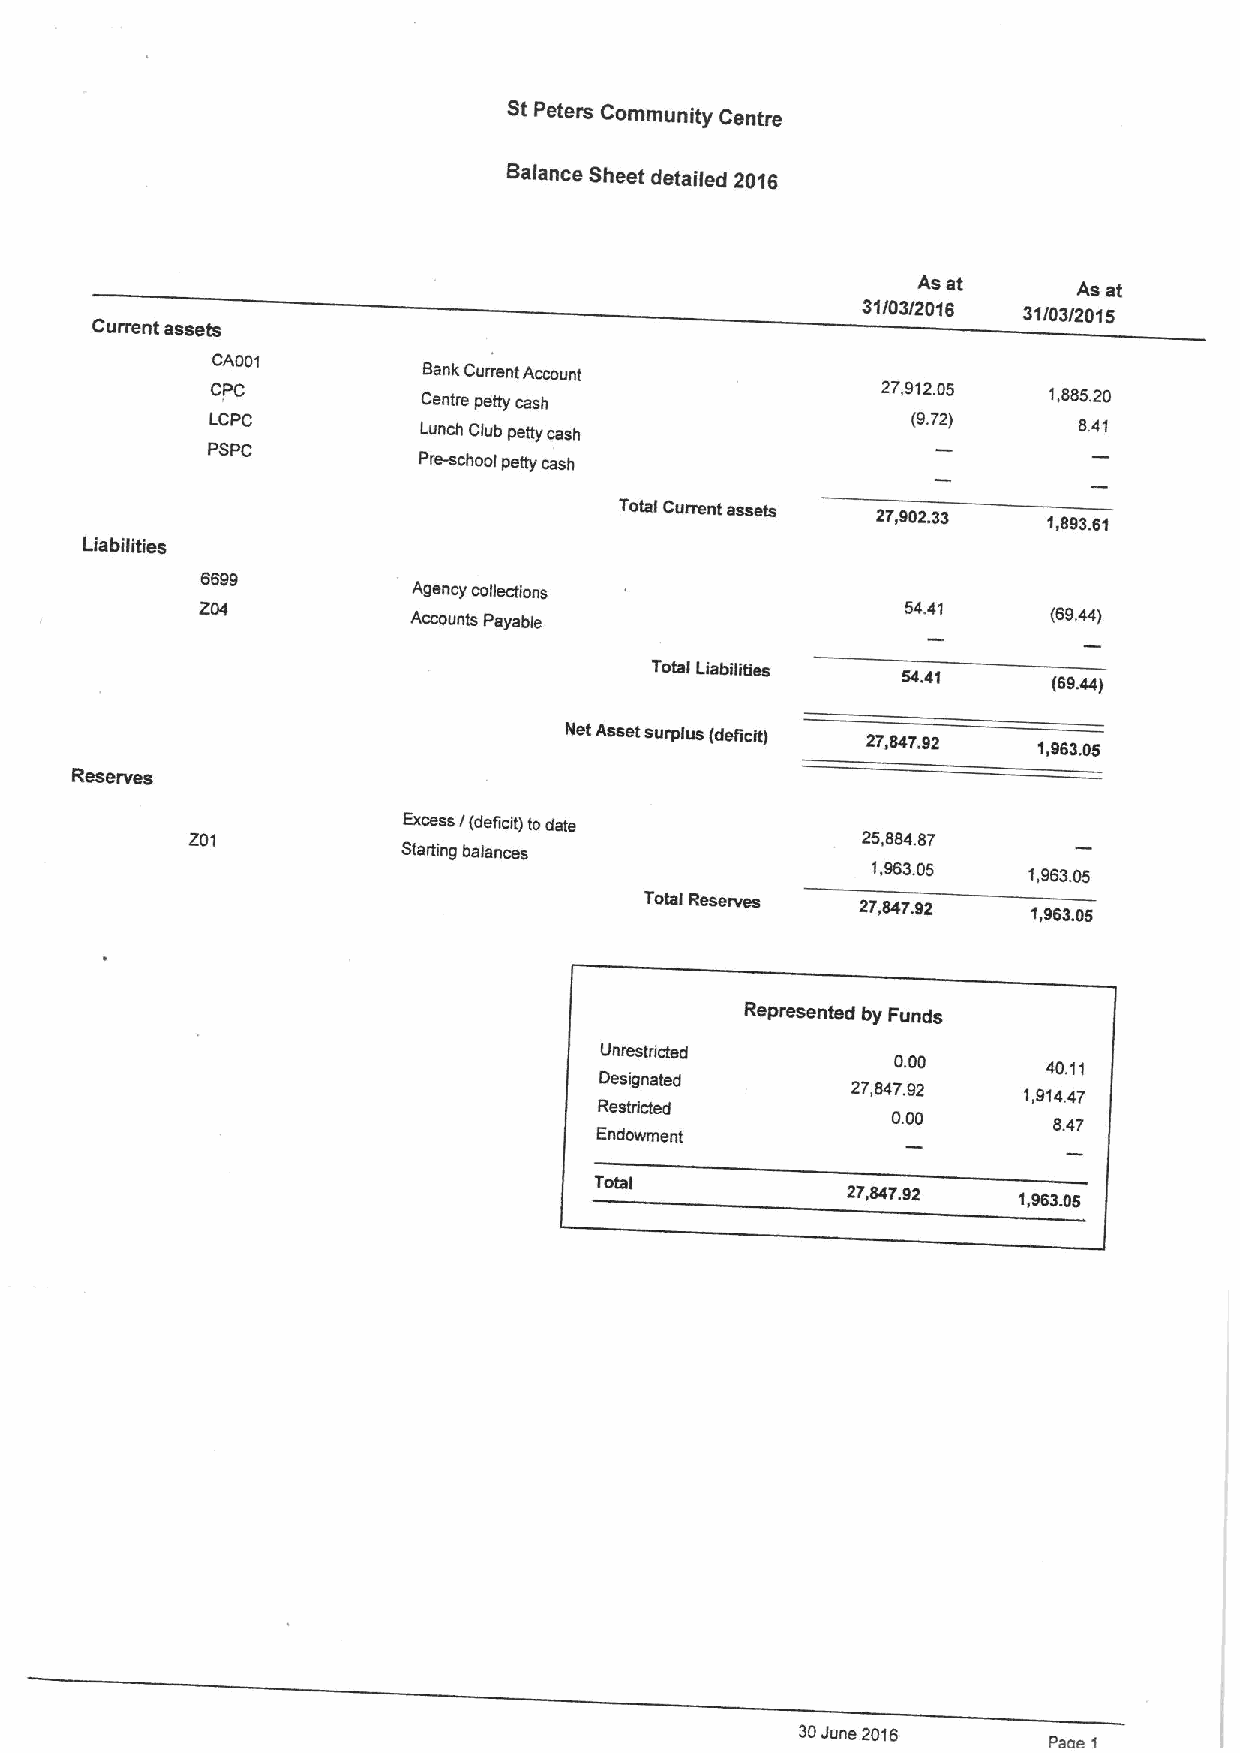
St Peters Community Centre
 Balance Sheet detailed 2016
 As at
 As at
 31/03/20'I 6 31/03/2015
 Current assets
 CA001
 Sank Current Account
 CPC           Centre petty cash             27,912.05  1,885.20
 LCPC          Lunch Club petty cash           (9.72)     8.41
 PSPC
 Pre-school petty cash
 Total Current assets
 27,902.33
 1,893.61
 Liabilities
 6699
 Agency collections
 204           Accounts Payable                 54.41     (69.44)
 Total Liabilities 54.4'f
 (69.44)
 Net Asset surplus (deficit) 27,847.92 1,963.05
 Reserves
 Excess/(deficit)
 todate
 Z01                                         25,884.87
 Starting balances
 1,983.05
 1,963.05
 Total Reserves 27,847.92
 1,963.05
 Represented by Funds
 Unrestricted
 0.00
 40.11
 Designated
 27,847.92
 1,914.47
 Restricted
 0.00
 8.47
 Endowment
 Total
 27,847.92  1,963.05
 30June 20'l6
 Paoa 1